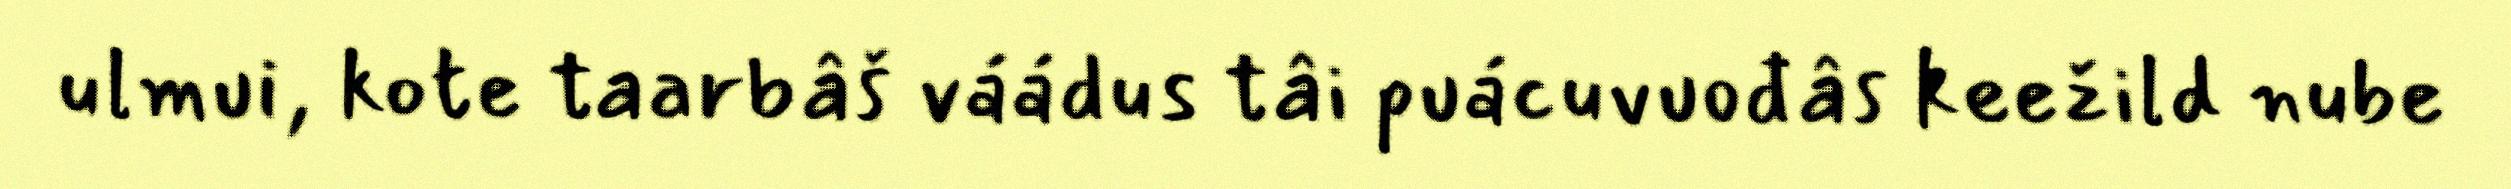
ulmui, kote taarbâš váádus tâi puácuvuođâs keežild nube